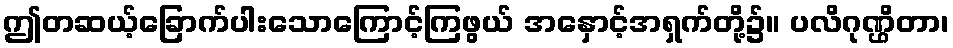
ဤတဆယ့်ခြောက်ပါးသောကြောင့်ကြဖွယ် အနှောင့်အရှက်တို့၌။ ပလိဂုဏ္ဌိတာ၊